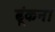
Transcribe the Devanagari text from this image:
ढ़ूंकना